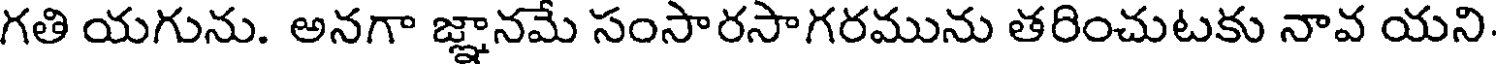
గతి యగును. అనగా జ్ఞానమే సంసారసాగరమును తరించుటకు నావ యని